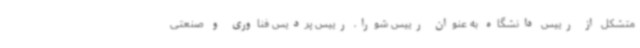
متشکل از رییس دانشگاه به عنوان رییس شورا، رییس پردیس فناوری و صنعتی